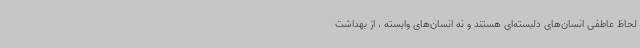
لحاظ عاطفی انسان‌های دلبسته‌ای هستند و نه انسان‌های وابسته ، از بهداشت